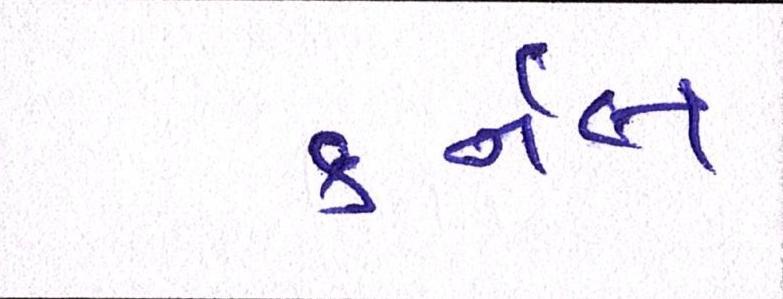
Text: કર્નલ